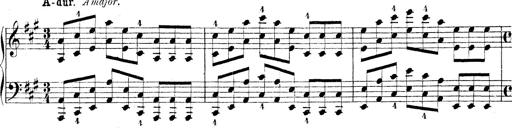
Title: Technische Studien
Composer: Franz Liszt